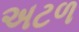
અટળ